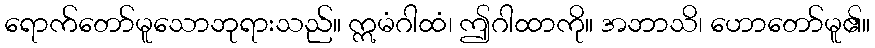
ရောက်တော်မူသောဘုရားသည်။ ဣမံဂါထံ၊ ဤဂါထာကို။ အဘာသိ၊ ဟောတော်မူ၏။